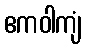
ဧကဝါကျံ